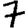
Digit: 7